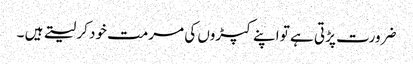
ضرورت پڑتی ہے تو اپنے کپڑوں کی مرمت خود کر لیتے ہیں ۔